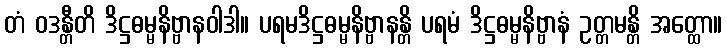
တံ ဝဒန္တီတိ ဒိဋ္ဌဓမ္မနိဗ္ဗာနဝါဒါ။ ပရမဒိဋ္ဌဓမ္မနိဗ္ဗာနန္တိ ပရမံ ဒိဋ္ဌဓမ္မနိဗ္ဗာနံ ဥတ္တမန္တိ အတ္ထော။